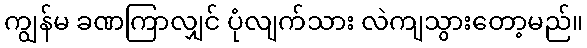
ကျွန်မ ခဏကြာလျှင် ပုံလျက်သား လဲကျသွားတော့မည်။